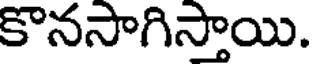
కొనసాగిస్తాయి.